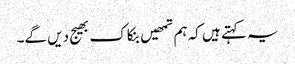
یہ کہتے ہیں کہ ہم تمھیں بنکاک بھیج دیں گے۔